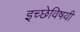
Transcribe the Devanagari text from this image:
इच्छेविषयी